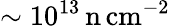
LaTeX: \sim 10^{13}\, \mathrm{n\, cm^{-2}}